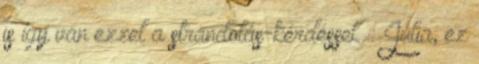
is így van ezzel a strandolás-kérdéssel. : Júlia, ez